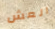
العش